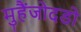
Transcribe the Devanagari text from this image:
मुहैंजोदडो